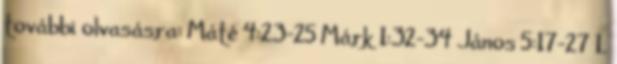
további olvasásra: Máté 4:23-25 Márk 1:32-34 János 5:17-27 1.